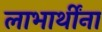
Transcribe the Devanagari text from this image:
लाभार्थींना